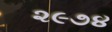
૨૯૭૪